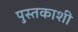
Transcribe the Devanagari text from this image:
पुस्तकाशी